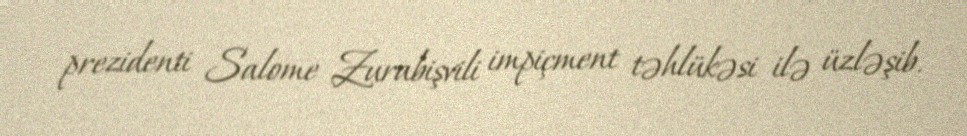
prezidenti Salome Zurabişvili impiçment təhlükəsi ilə üzləşib.